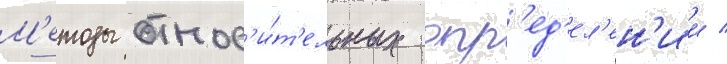
М'етоды относ'и́т'ельных опр'ед'ел'ен'ии /